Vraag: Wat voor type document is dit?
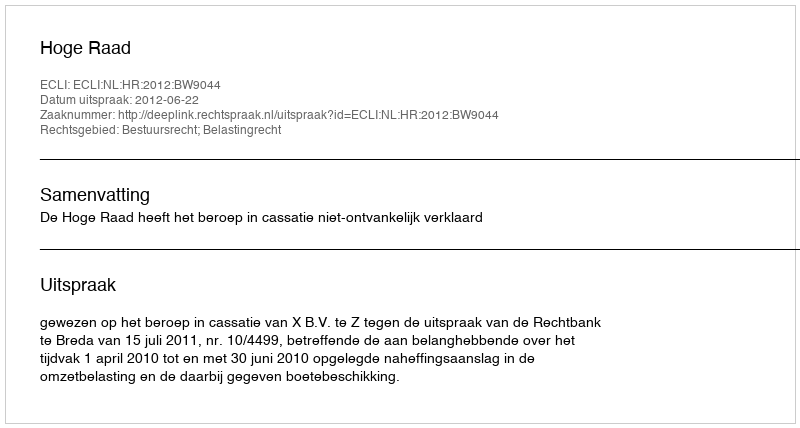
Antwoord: Uitspraak